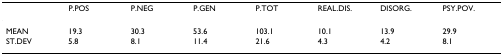
|  | P.POS | P.NEG | P.GEN | P.TOT | REAL.DIS. | DISORG. | PSY.POV. |
 | --- | --- | --- | --- | --- | --- | --- | --- |
 | MEAN | 19.3 | 30.3 | 53.6 | 103.1 | 10.1 | 13.9 | 29.9 |
 | ST.DEV | 5.8 | 8.1 | 11.4 | 21.6 | 4.3 | 4.2 | 8.1 |